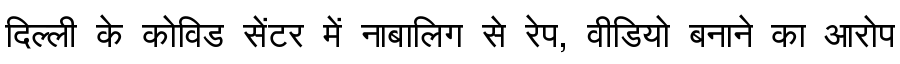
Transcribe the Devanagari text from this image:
दिल्ली के कोविड सेंटर में नाबालिग से रेप, वीडियो बनाने का आरोप